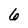
Character: 6